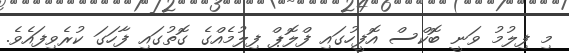
މި ފިލުމު ވަނީ ބޮކްސް އޮފީހުގައި ފްލޮޕް ފިލުމެއްގެ ގޮތުގައި ފާހަގަ ކުރެވިފައެވެ.